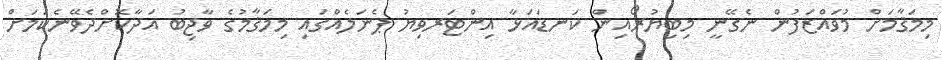
މިމަޤާމަށް މުވައްޒަފުން ނެގޭނީ މިބިޔުރޯއިން ކަނޑައަޅާ އިންޓަރވިޔު ޕެނަލެއްގައި މިމަޤާމުގެ ވާޖިބު އަދާކޮށްދެވޭނެކަމަށް